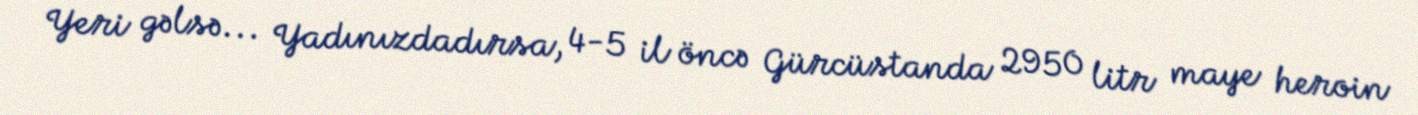
Yeri gəlsə... Yadınızdadırsa, 4-5 il öncə Gürcüstanda 2950 litr maye heroin